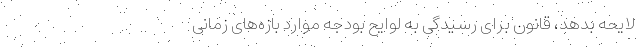
لایحه بدهد، قانون برای رسیدگی به لوایح بودجه موارد بازه‌های زمانی